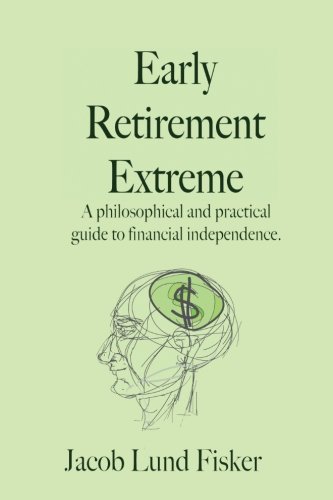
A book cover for Early Retirement Extreme: A Philosophical and Practical Guide to Financial Independence; Jacob Lund Fisker; Business & Money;